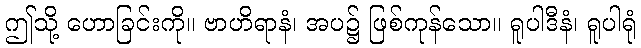
ဤသို့ ဟောခြင်းကို။ ဗာဟိရာနံ၊ အပ၌ ဖြစ်ကုန်သော။ ရူပါဒီနံ၊ ရူပါရုံ